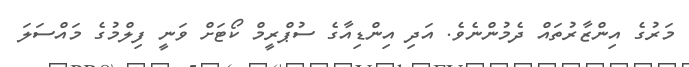
މަރުގެ އިންޒާރުތައް ދެމުންނެވެ. އަދި އިންޑިއާގެ ސުޕްރީމް ކޯޓަށް ވަނީ ފިލްމުގެ މައްސަލަ